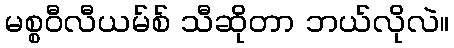
မစ္စဝီလီယမ်စ် သီဆိုတာ ဘယ်လိုလဲ။